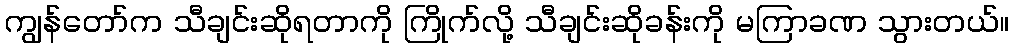
ကျွန်တော်က သီချင်းဆိုရတာကို ကြိုက်လို့ သီချင်းဆိုခန်းကို မကြာခဏ သွားတယ်။